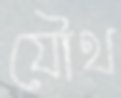
যৌথ